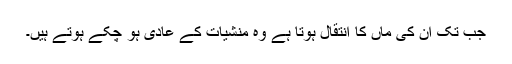
جب تک ان کی ماں کا انتقال ہوتا ہے وہ منشیات کے عادی ہو چکے ہوتے ہیں۔